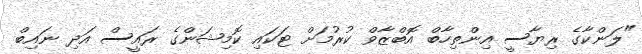
"ލަންކާގެ ރިޔާސީ އިންތިހާބް އޮބްޒާވް ކުރުމަށް ޓަކައި ކޮމިޝަންގެ ރައީސް އަދި ނައިބް